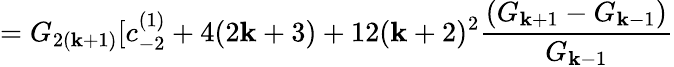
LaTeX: =G_{2(\mathbf{k}+1)}[c_{-2}^{(1)}+4(2\mathbf{k}+3)+12(\mathbf{k}+2)^{2}\frac{{(G_{\mathbf{k}+1}-G_{\mathbf{k}-1})}}{{G_{\mathbf{k}-1}}}